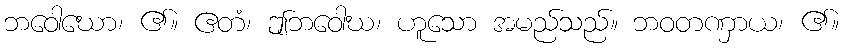
ဘဝေါဃော၊ ၏။ ဧတံ၊ ဤဘဝေါဃ၊ ဟူသော အမည်သည်။ ဘဝတဏှာယ၊ ၏။